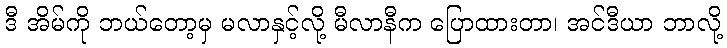
ဒီ အိမ်ကို ဘယ်တော့မှ မလာနှင့်လို့ မီလာနီက ပြောထားတာ၊ အင်ဒီယာ ဘာလို့